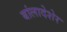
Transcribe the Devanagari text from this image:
बांलादेशेर